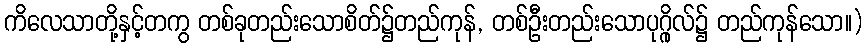
ကိလေသာတို့နှင့်တကွ တစ်ခုတည်းသောစိတ်၌တည်ကုန်, တစ်ဦးတည်းသောပုဂ္ဂိုလ်၌ တည်ကုန်သော။)